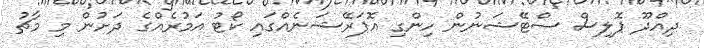
ދިއްދޫ ޕޮލިސް ސްޓޭޝަނުން ހިންގި އޮޕަރޭޝަނެއްގައި ކޯޓު އަމުރެއްގެ ދަށުން މި މާޗު